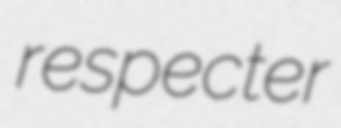
respecter